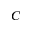
C